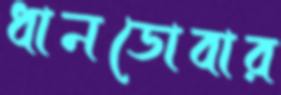
ধানডোবার